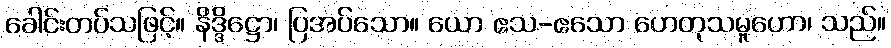
ခေါင်းတပ်သဖြင့်။ နိဒ္ဒိဋ္ဌော၊ ပြအပ်သော။ ယော ဧသ-ဧသော ဟေတုသမူဟော၊ သည်။